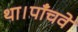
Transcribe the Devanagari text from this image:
था।पाँचवे